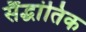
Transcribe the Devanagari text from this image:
सैंद्धांतिक